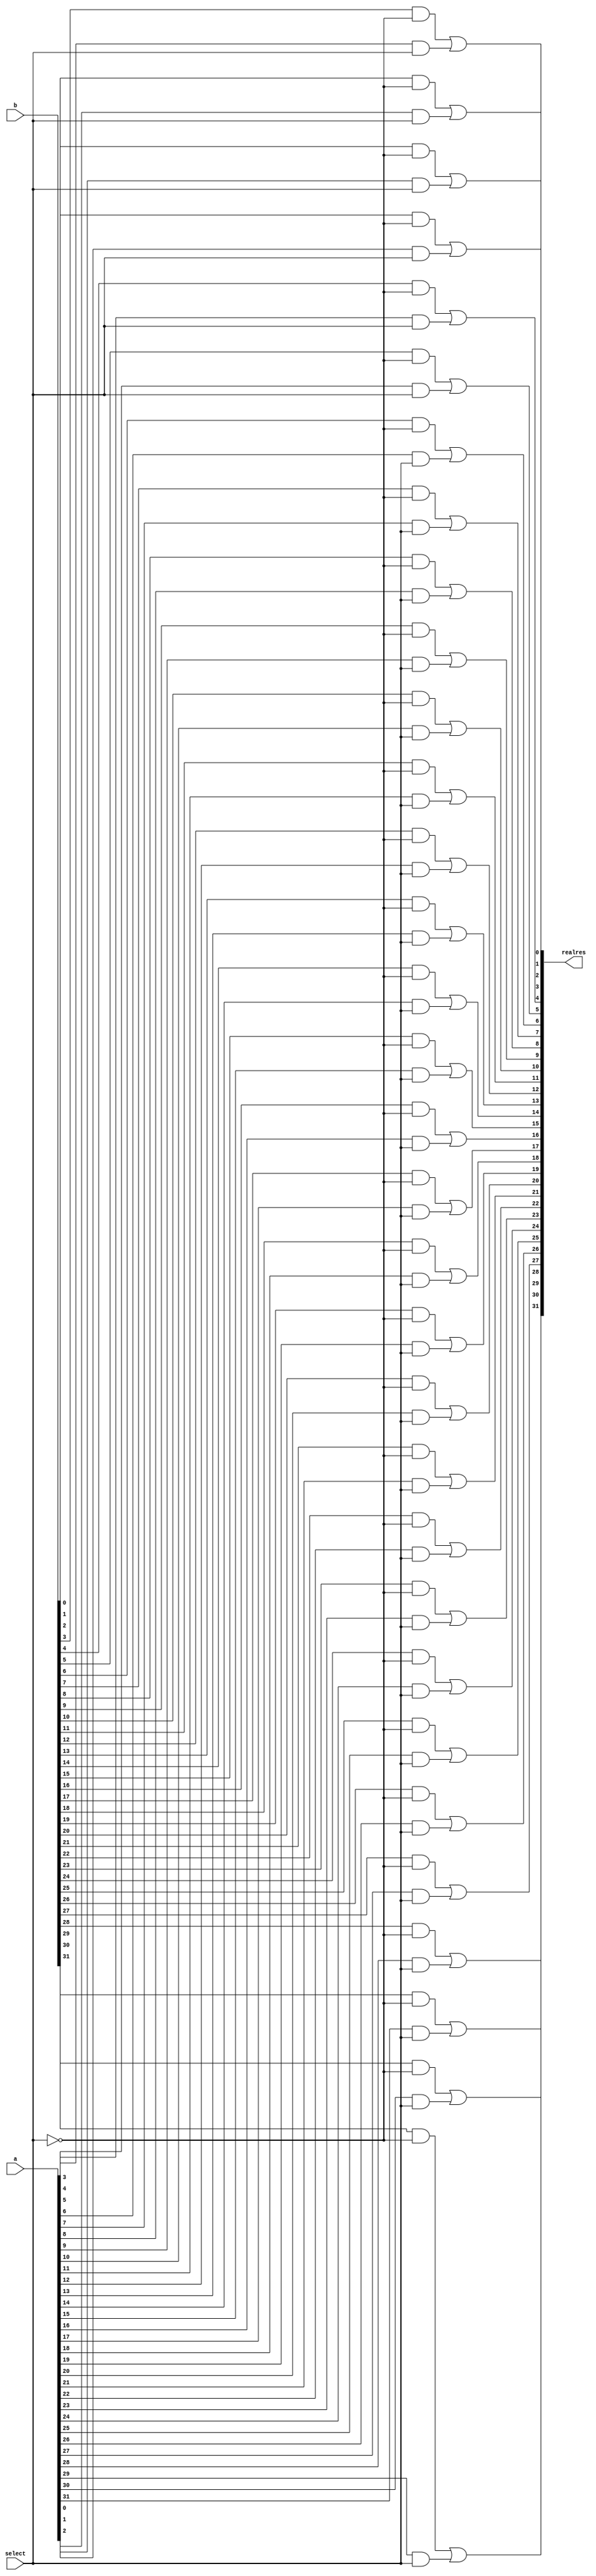
module muxbitcary(input[31:0] a,input[31:0] b,input select,output [31:0]realres);

wire [31:0]res;
	wire [31:0]resb;
	not not4(selectnot,select);
  
  and and1(res[0], a[0], select);
  and and2(res[1], a[1], select);
  and and3(res[2], a[2], select);
  and and4(res[3], a[3], select);
  and and5(res[4], a[4], select);
  and and6(res[5], a[5], select);
  and and7(res[6], a[6], select);
  and and8(res[7], a[7], select);
  and and9(res[8], a[8], select);
  and and10(res[9], a[9], select);
  and and11(res[10], a[10], select);
  and and12(res[11], a[11], select);
  and and13(res[12], a[12], select);
  and and14(res[13], a[13], select);
  and and15(res[14], a[14], select);
  and and16(res[15], a[15], select);
  and and17(res[16], a[16], select);
  and and18(res[17], a[17], select);
  and and19(res[18], a[18], select);
  and and20(res[19], a[19], select);
  and and21(res[20], a[20], select);
  and and22(res[21], a[21], select);
  and and23(res[22], a[22], select);
  and and24(res[23], a[23], select);
  and and25(res[24], a[24], select);
  and and26(res[25], a[25], select);
  and and27(res[26], a[26], select);
  and and28(res[27], a[27], select);
  and and29(res[28], a[28], select);
  and and30(res[29], a[29], select);
  and and31(res[30], a[30], select);
  and and32(res[31], a[31], select);
  
  and and1b(resb[0], b[0], selectnot);
  and and2b(resb[1], b[1], selectnot);
  and and3b(resb[2], b[2], selectnot);
  and and4b(resb[3], b[3], selectnot);
  and and5b(resb[4], b[4], selectnot);
  and and6b(resb[5], b[5], selectnot);
  and and7b(resb[6], b[6], selectnot);
  and and8b(resb[7], b[7], selectnot);
  and and9b(resb[8], b[8], selectnot);
  and and10b(resb[9], b[9], selectnot);
  and and11b(resb[10], b[10], selectnot);
  and and12b(resb[11], b[11], selectnot);
  and and13b(resb[12], b[12], selectnot);
  and and14b(resb[13], b[13], selectnot);
  and and15b(resb[14], b[14], selectnot);
  and and16b(resb[15], b[15], selectnot);
  and and17b(resb[16], b[16], selectnot);
  and and18b(resb[17], b[17], selectnot);
  and and19b(resb[18], b[18], selectnot);
  and and20b(resb[19], b[19], selectnot);
  and and21b(resb[20], b[20], selectnot);
  and and22b(resb[21], b[21], selectnot);
  and and23b(resb[22], b[22], selectnot);
  and and24b(resb[23], b[23], selectnot);
  and and25b(resb[24], b[24], selectnot);
  and and26b(resb[25], b[25], selectnot);
  and and27b(resb[26], b[26], selectnot);
  and and28b(resb[27], b[27], selectnot);
  and and29b(resb[28], b[28], selectnot);
  and and30b(resb[29], b[29], selectnot);
  and and31b(resb[30], b[30], selectnot);
  and and32b(resb[31], b[31], selectnot);
  
   or or1b(realres[0],    resb[0], res[0]);
  or or2b(realres[1],   resb[1], res[1]);
  or or3b(realres[2],   resb[2], res[2]);
  or or4b(realres[3],   resb[3], res[3]);
  or or5b(realres[4],   resb[4], res[4]);
  or or6b(realres[5],   resb[5], res[5]);
  or or7b(realres[6],   resb[6], res[6]);
  or or8b(realres[7],   resb[7], res[7]);
  or or9b(realres[8],   resb[8], res[8]);
  or or10b(realres[9],  resb[9], res[9] );
  or or11b(realres[10], resb[10], res[10]);
  or or12b(realres[11], resb[11], res[11]);
  or or13b(realres[12], resb[12], res[12]);
  or or14b(realres[13], resb[13], res[13]);
  or or15b(realres[14], resb[14], res[14]);
  or or16b(realres[15], resb[15], res[15]);
  or or17b(realres[16], resb[16], res[16]);
  or or18b(realres[17], resb[17], res[17]);
  or or19b(realres[18], resb[18], res[18]);
  or or20b(realres[19], resb[19], res[19]);
  or or21b(realres[20], resb[20], res[20]);
  or or22b(realres[21], resb[21], res[21]);
  or or23b(realres[22], resb[22], res[22]);
  or or24b(realres[23], resb[23], res[23]);
  or or25b(realres[24], resb[24], res[24]);
  or or26b(realres[25], resb[25], res[25]);
  or or27b(realres[26], resb[26], res[26]);
  or or28b(realres[27], resb[27], res[27]);
  or or29b(realres[28], resb[28], res[28]);
  or or30b(realres[29], resb[29], res[29]);
  or or31b(realres[30], resb[30], res[30]);
  or or32b(realres[31], resb[31], res[31]);


endmodule